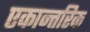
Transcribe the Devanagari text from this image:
एकान्तरिक